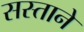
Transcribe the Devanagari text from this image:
सस्ताने